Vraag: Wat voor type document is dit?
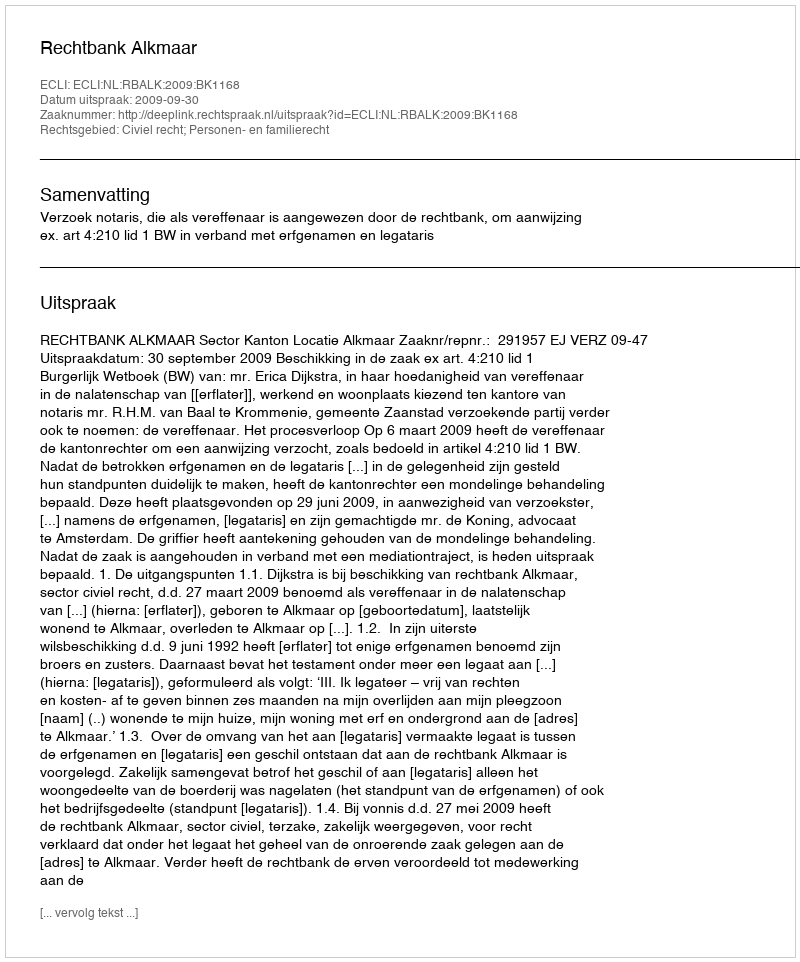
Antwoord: Uitspraak